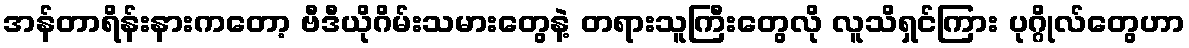
အန်တာရိန်းနားကတော့ ဗီဒီယိုဂိမ်းသမားတွေနဲ့ တရားသူကြီးတွေလို လူသိရှင်ကြား ပုဂ္ဂိုလ်တွေဟာ